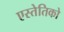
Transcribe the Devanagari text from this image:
एस्तेतिको